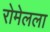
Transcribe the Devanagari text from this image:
रोमेलला